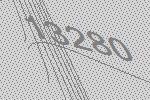
13280